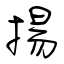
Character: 揚